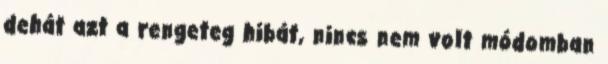
dehát azt a rengeteg hibát, nincs nem volt módomban